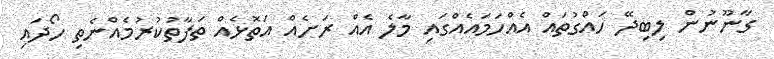
ގާނޫނުން ލިބިދޭ ހައްގުތައް އެއްހަމައެއްގައި މާލެ އެއް ރަށެއް އަތޮޅެއް ތަފާތުކުރުމެއްނެތި ހޯދައި